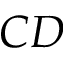
C D